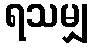
ရသမျှ